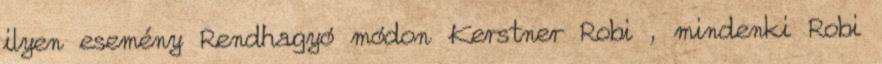
ilyen esemény Rendhagyó módon Kerstner Robi , mindenki Robi